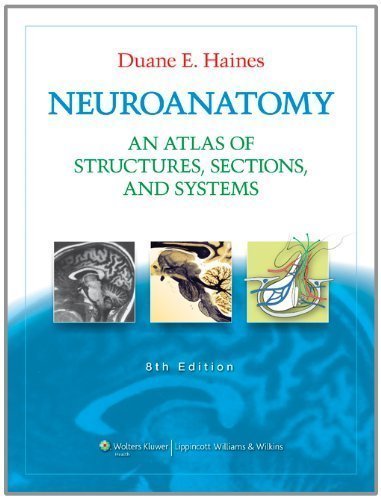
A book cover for Neuroanatomy: An Atlas of Structures, Sections, and Systems (Neuroanatomy: An Atlas of Strutures, Sections, and Systems (Haines)) by Haines PhD, Duane E. 8th (eighth), North Americ edition [Paperback(2011)]; Medical Books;